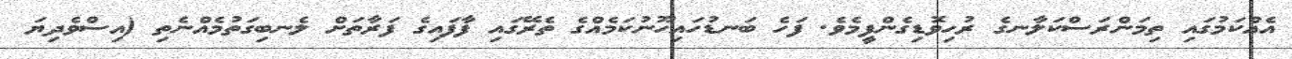
އެއްކަމުގައި ތިމަންރަސްކަލާނގެ ރުހިވޮޑިގެންފީމެވެ. ފަހެ ބަނޑުހައިހޫނުކަމެއްގެ ތެރޭގައި ފާފައިގެ ފަރާތަށް ލެނބިގަތުމެއްނެތި (އިސްވެދިޔަ